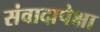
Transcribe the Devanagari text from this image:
संवादापेक्षा